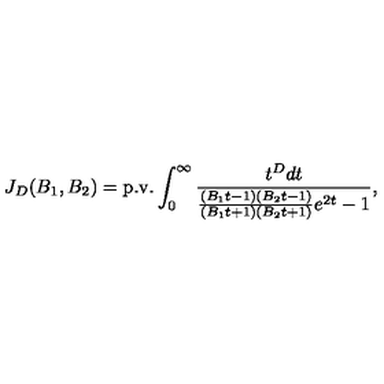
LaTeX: J _ { D } ( B _ { 1 } , B _ { 2 } ) = \mathrm { p . v . } \int _ { 0 } ^ { \infty } \frac { t ^ { D } d t } { \frac { ( B _ { 1 } t - 1 ) ( B _ { 2 } t - 1 ) } { ( B _ { 1 } t + 1 ) ( B _ { 2 } t + 1 ) } e ^ { 2 t } - 1 } ,